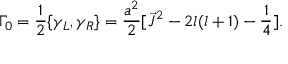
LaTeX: { \Gamma } _ { 0 } = \frac { 1 } { 2 } \{ { \gamma } _ { L } , { \gamma } _ { R } \} = \frac { a ^ { 2 } } { 2 } [ \vec { J } ^ { 2 } - 2 l ( l + 1 ) - \frac { 1 } { 4 } ] .